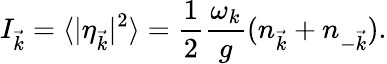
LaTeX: I_{\vec{k}}=\langle|\eta_{\vec{k}}|^{2}\rangle=\frac{1}{2}\frac{\omega_{k}}{g}(n_{\vec{k}}+n_{-\vec{k}}).